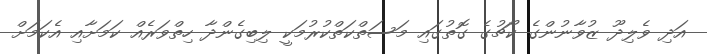
އަދި ވެލިދޫ ޒުވާނުންގެ ކޯޗުގެ ގޮތުގައި މަސަތްކަތްކުރުމަކީ ލިބިގެންދާ ހިތްވަރެއް ކަމަށާއި އެކަމަށް